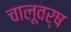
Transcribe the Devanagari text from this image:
चालूवर्ष